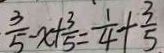
\frac { 3 } { 5 } - x + \frac { 3 } { 5 } = \frac { 1 } { 4 } + \frac { 3 } { 5 }